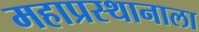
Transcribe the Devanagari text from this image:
महाप्रस्थानाला